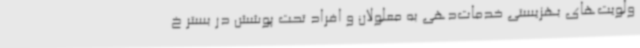
ولویت‌های بهزیستی خدمات‌دهی به معلولان و افراد تحت پوشش در بستر خ